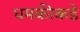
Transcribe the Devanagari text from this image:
धमकीकडे